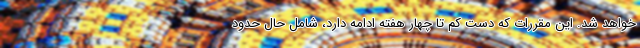
خواهد شد. این مقررات که دست کم تا چهار هفته ادامه دارد، شامل حال حدود